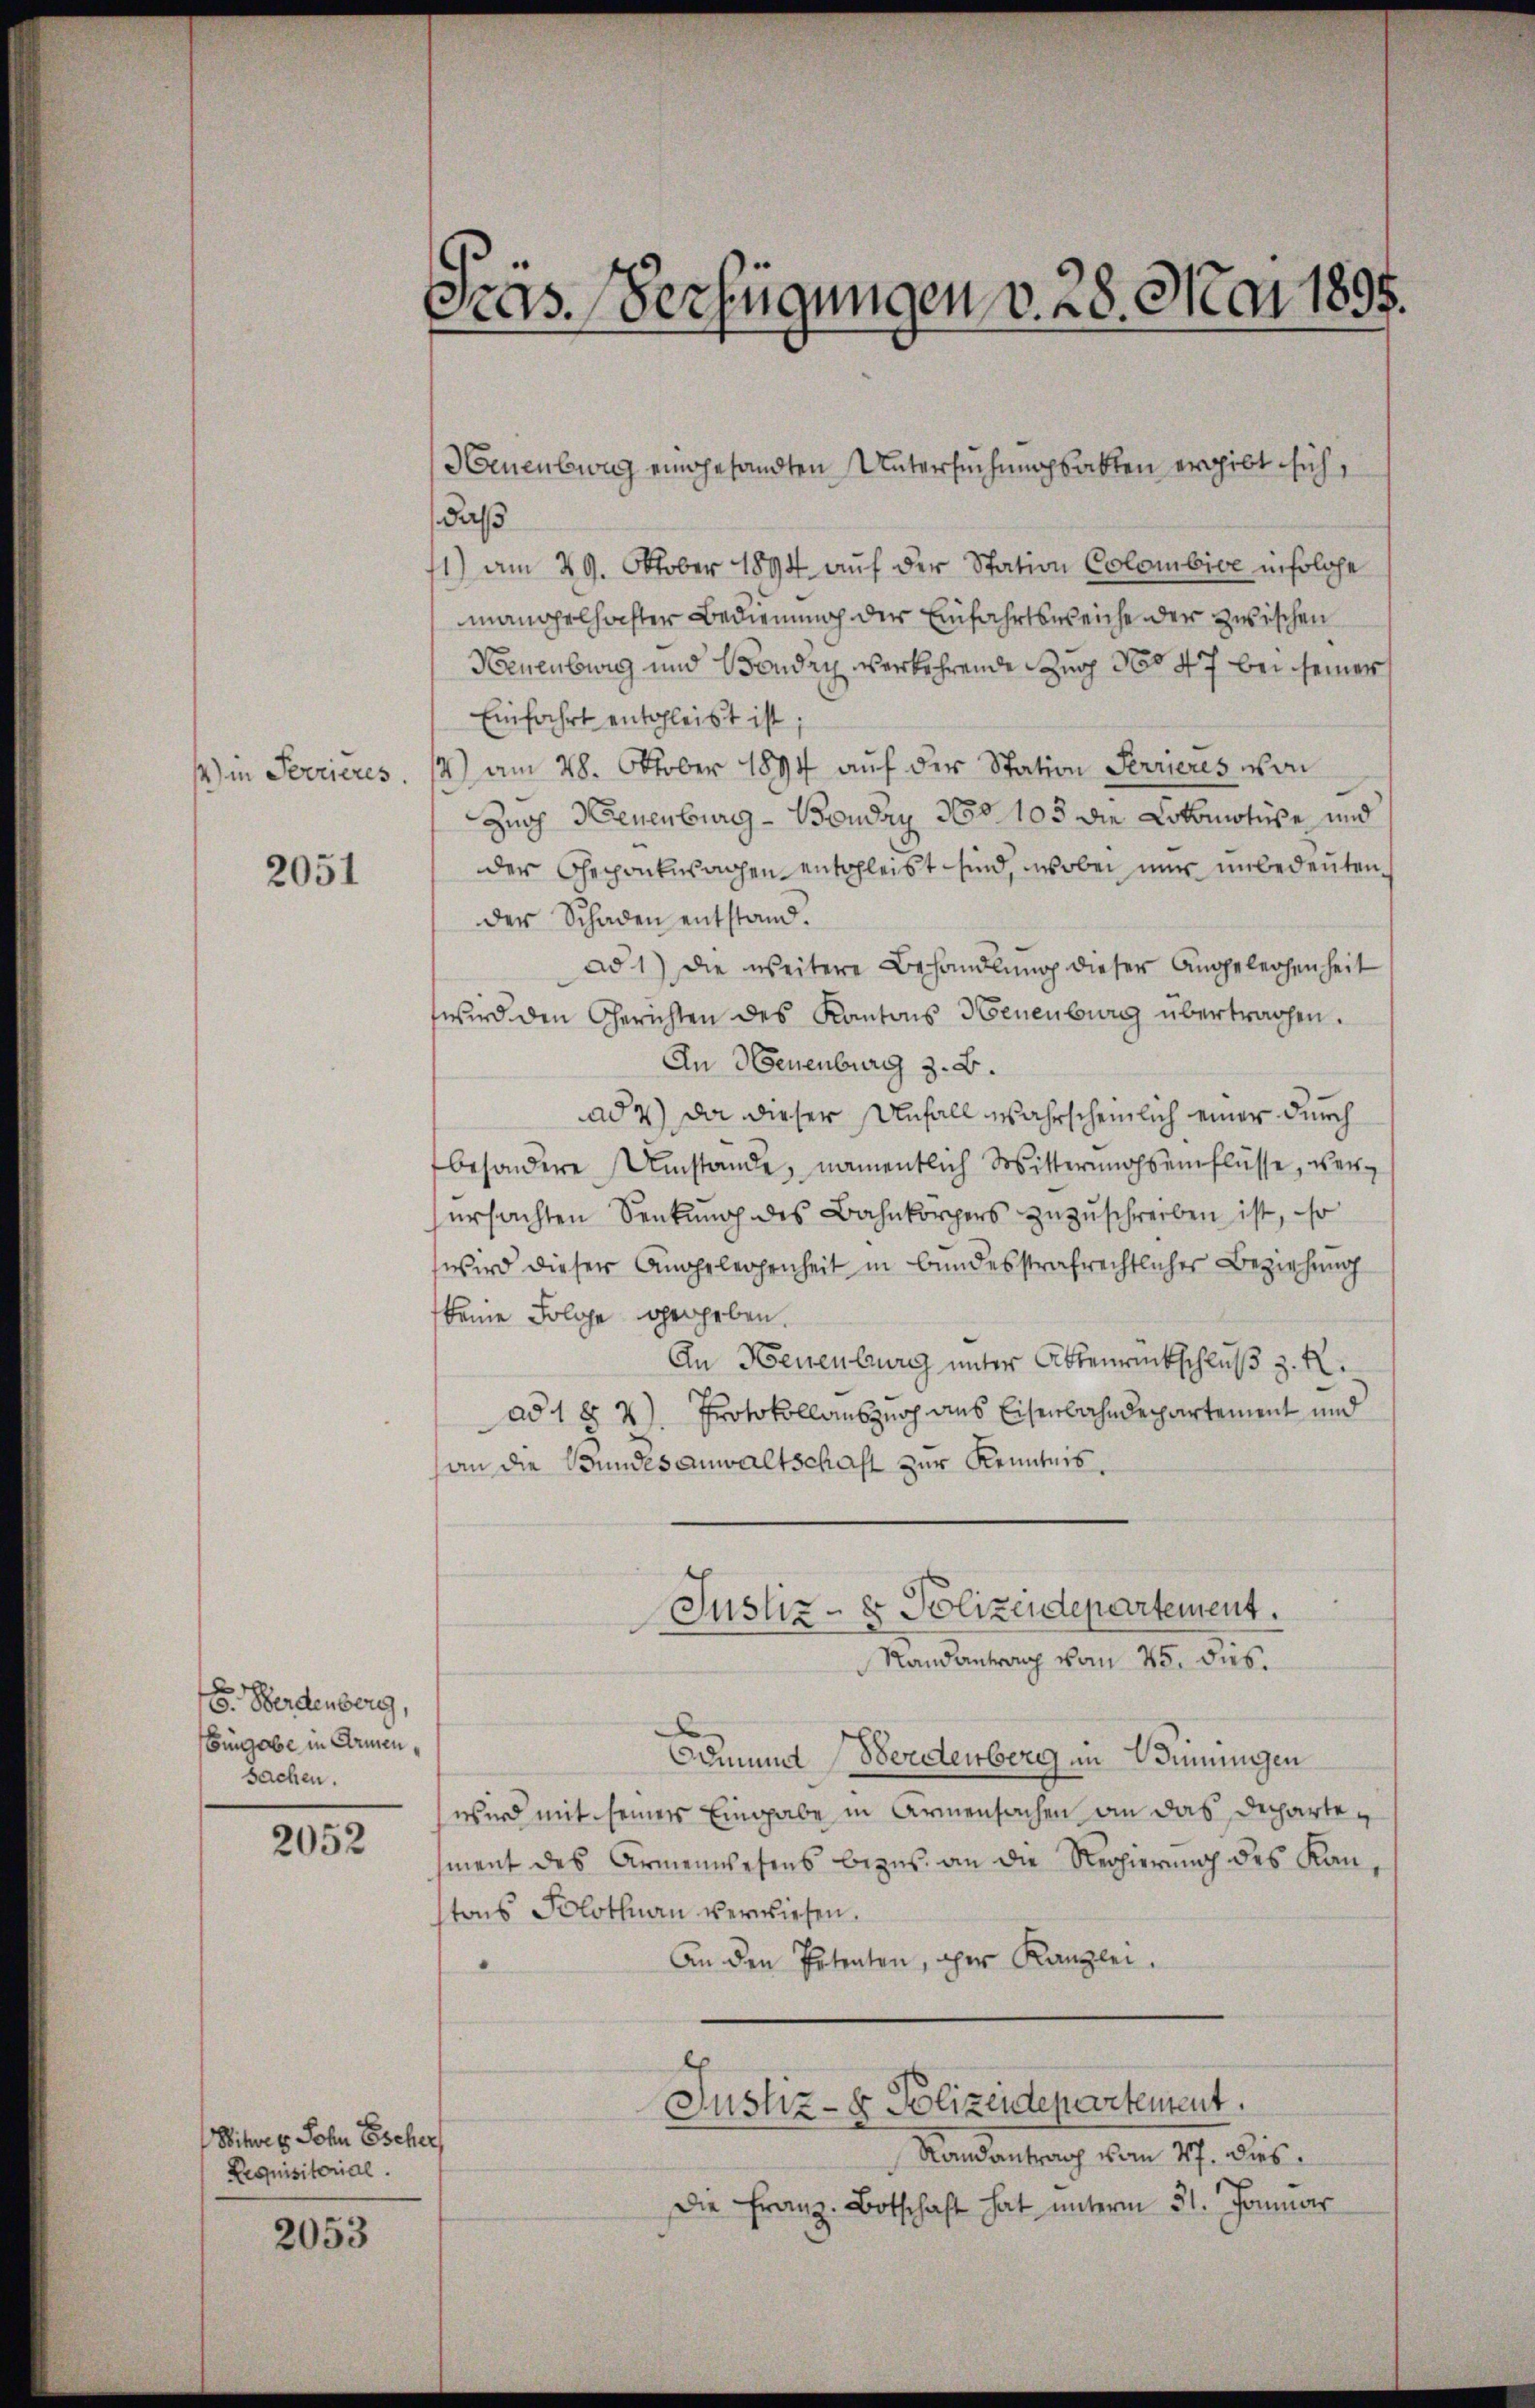
2051

F. Herdenberg,
Eingabe in Armen¬
Sachen.

2052

Witweg Sohn Escher
Requisitorial.

2053

Fras. Verfügungen v. 28. Mai 1895.

Neuenburg eingesandten Untersuchungsakten ergibt sich,
daß
1) am 29. Oktober 1894 auf der Station Colombice infolge
mangelhochter Bedienung der Einfahrtsweiche der zwischen
Neuenburg und Bondry verkehrende Zug No 47 bei seiner
Einfahrt entgleibt ist;
1) in Terrieres. 14) am 28. Oktober 1894 auf der Station Ferrieres von
Zur Neuenburg - Bonday No 105 die Lokomotive und
der Gepankwachen entsleibt sind, wobei mir unbedeuten
der Schaden entstand.
ad 1.) Die weitere Behandlung dieser Angelegenheit
wird den Gerichten des Kantons Neuenburg übertragen.
An Neuenburg z. B.
ad 2.) Da dieser Unfall wahrscheinlich einer durch
besondere Umstände, namentlich Witternohseinflüsse, versursachten Senkung des Bahnkörpers zuzuschreiben ist, so
wird dieser Angelegenheit in bundesstrafrechtlicher Beziehung
keine Folge gegeben.
An Neuenburg unter Abbenrückschluß z. R.
ad 1 § 2). Protokollauszusch aus Eisenbahndepartement und
an die Bundesanwaltschaft zur Kenntnis.
Justiz- & Polizeidepartement.
Randantrag vom 25. dis.
Doment Nordenberg im Adminingen
wird mit seiner Eingabe in Armensachen an das Dechartement des Armenwesens bezus an die Regierung des Kantons Solothurn verwiesen.
An den Petenten, ohner Kanzlei.
Justiz- & Polizeidepartement.
Randantrag vom 27. dies
Die Franz Botschaft hat unterm 31. Januar